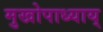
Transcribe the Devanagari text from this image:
मुखोपाध्याय्